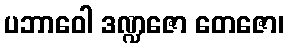
ပဘာဝေါ ဒဏ္ဍဇော တေဇော၊